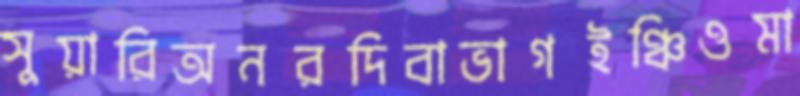
সুয়ারিঅনরদিবাভাগইঞ্চিওমা